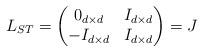
LaTeX: \begin{align*}L_{ST}=\begin{pmatrix} 0_{d\times d} & I_{d\times d}\\ -I_{d\times d} & I_{d\times d} \end{pmatrix}=J\end{align*}